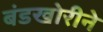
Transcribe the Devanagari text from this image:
बंडखोरीने